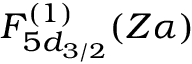
F _ { 5 d _ { 3 / 2 } } ^ { ( 1 ) } ( Z \alpha )